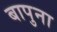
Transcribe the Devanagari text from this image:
बापुना